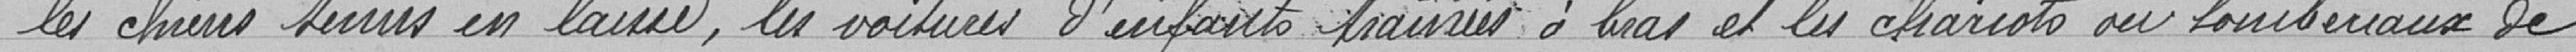
"les chiens tenus en laisse, les voitures d'enfants trainées à bras et les chariots ou tombereaux de